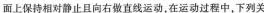
面上保持相对静止且向右做直线运动，在运动过程中，下列关